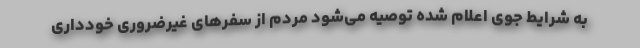
به شرایط جوی اعلام شده توصیه می‌شود مردم از سفرهای غیرضروری خودداری